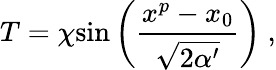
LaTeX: T=\chi\mathrm{sin}\left({\frac{x^{p}-x_{0}}{\sqrt{2\alpha^{\prime}}}}\right)\ ,